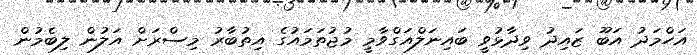
އަހްމަދު އަބޫ ޒައިދު ވިދާޅުވީ ބައިނަލްއަގްވާމީ މުޖުތަމައުގެ އިތުބާރު މިސްރަށް އަލުން ލިބެމުން